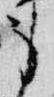
身